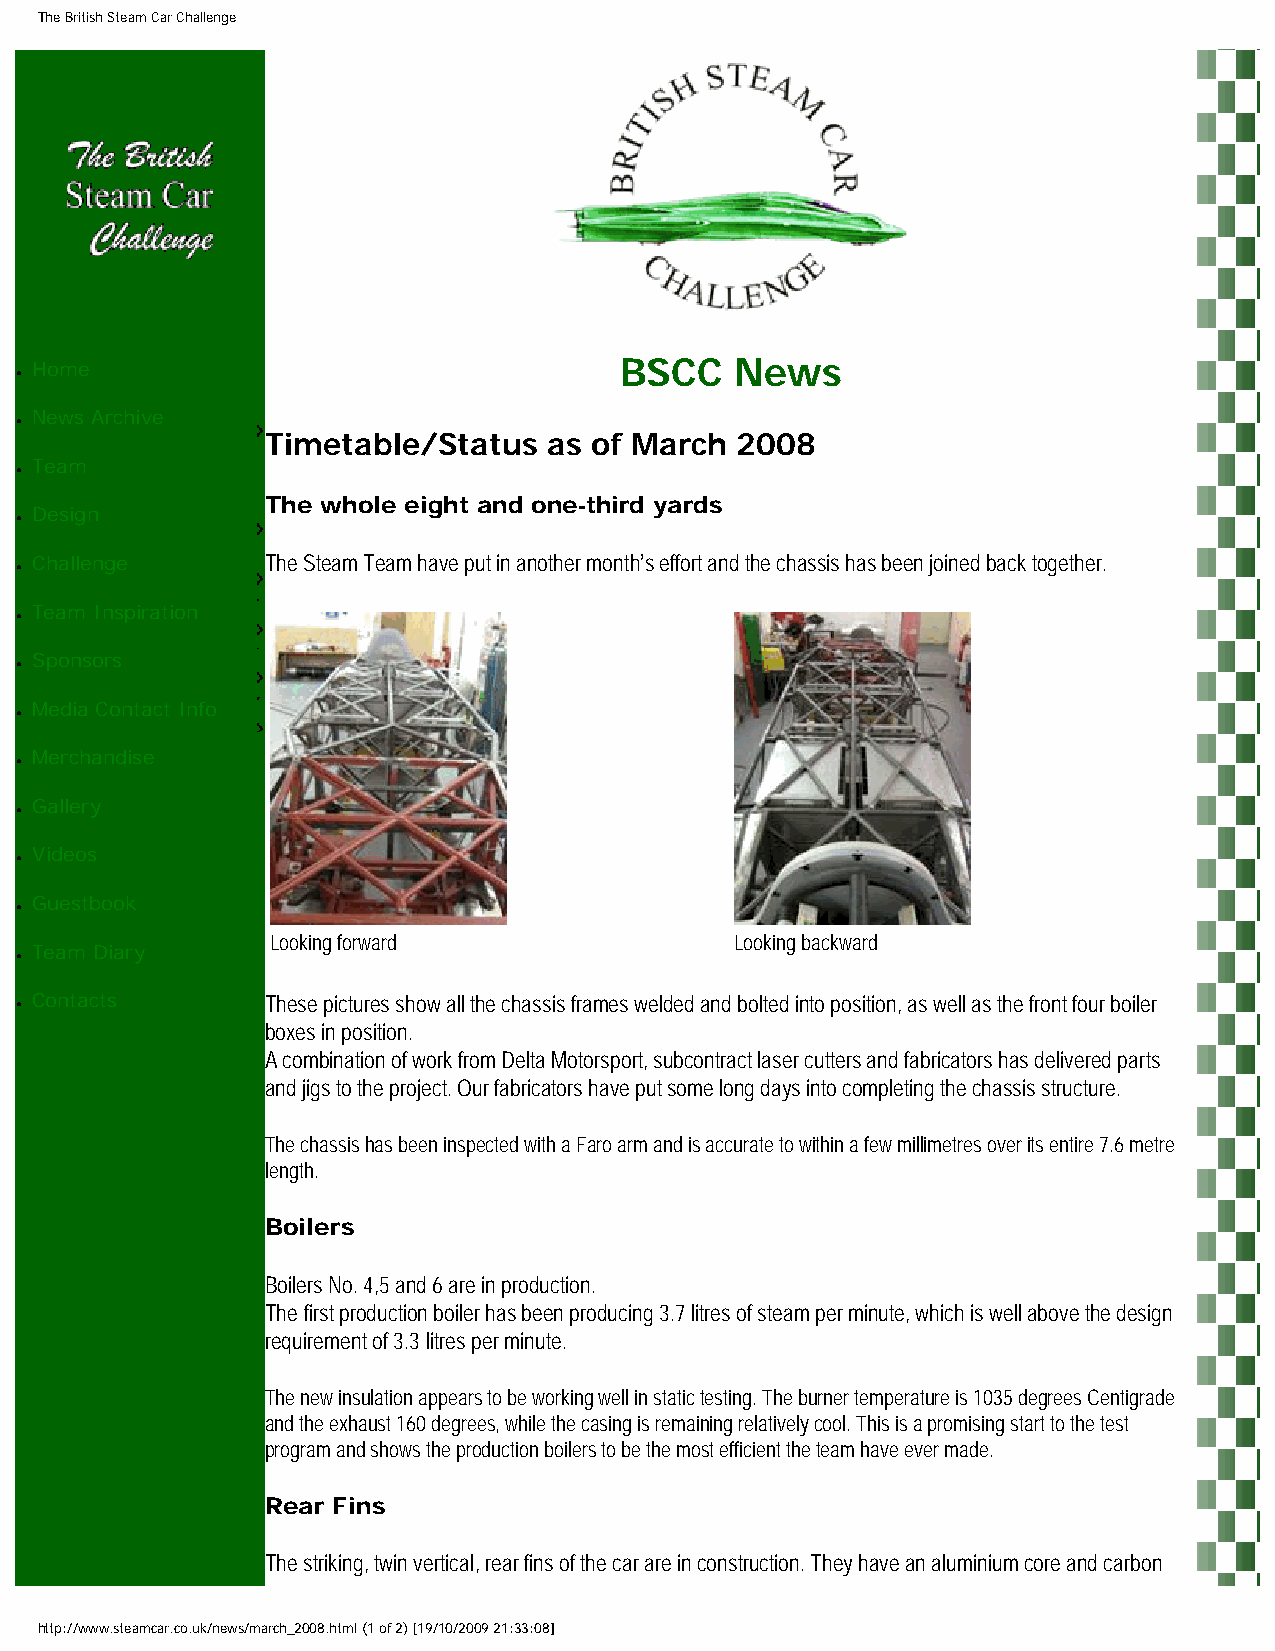
The British Steam Car Challenge
 Home                                   BSCC    News
 ●
 News Archive
 ●
 Timetable/Status  as of March  2008
 Team
 ●
 The whole eight and one-third yards
 Design
 ●
 Challenge       The Steam Team have put in another month’s effort and the chassis has been joined back together.
 ●
 Team Inspiration
 ●
 Sponsors
 ●
 Media Contact Info
 ●
 Merchandise
 ●
 Gallery
 ●
 Videos
 ●
 Guestbook
 ●
 Looking forward                Looking backward
 Team Diary
 ●
 ● Contacts       These pictures show all the chassis frames welded and bolted into position, as well as the front four boiler
 boxes in position.
 A combination of work from Delta Motorsport, subcontract laser cutters and fabricators has delivered parts
 and jigs to the project. Our fabricators have put some long days into completing the chassis structure.
 The chassis has been inspected with a Faro arm and is accurate to within a few millimetres over its entire 7.6 metre
 length.
 Boilers
 Boilers No. 4,5 and 6 are in production.
 The first production boiler has been producing 3.7 litres of steam per minute, which is well above the design
 requirement of 3.3 litres per minute.
 The new insulation appears to be working well in static testing. The burner temperature is 1035 degrees Centigrade
 and the exhaust 160 degrees, while the casing is remaining relatively cool. This is a promising start to the test
 program and shows the production boilers to be the most efficient the team have ever made.
 Rear Fins
 The striking, twin vertical, rear fins of the car are in construction. They have an aluminium core and carbon
 http://www.steamcar.co.uk/news/march_2008.html (1 of 2) [19/10/2009 21:33:08]